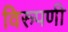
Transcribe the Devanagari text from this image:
विरुपणी